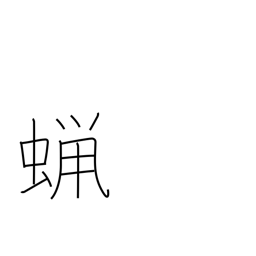
Meaning: wax